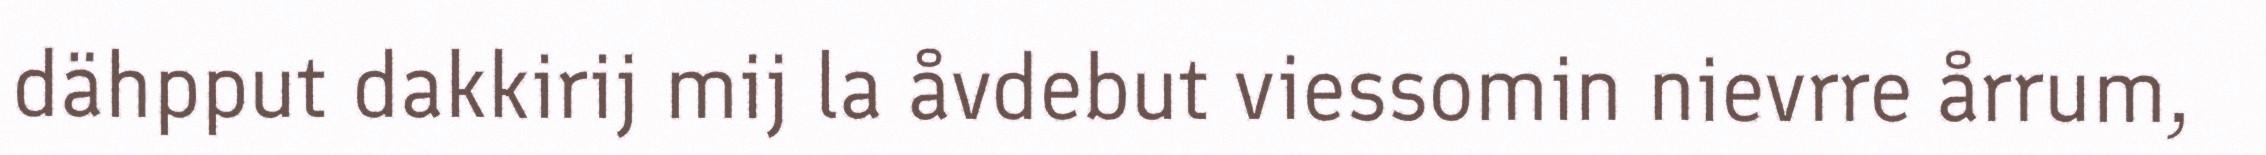
dähpput dakkirij mij la åvdebut viessomin nievrre årrum,